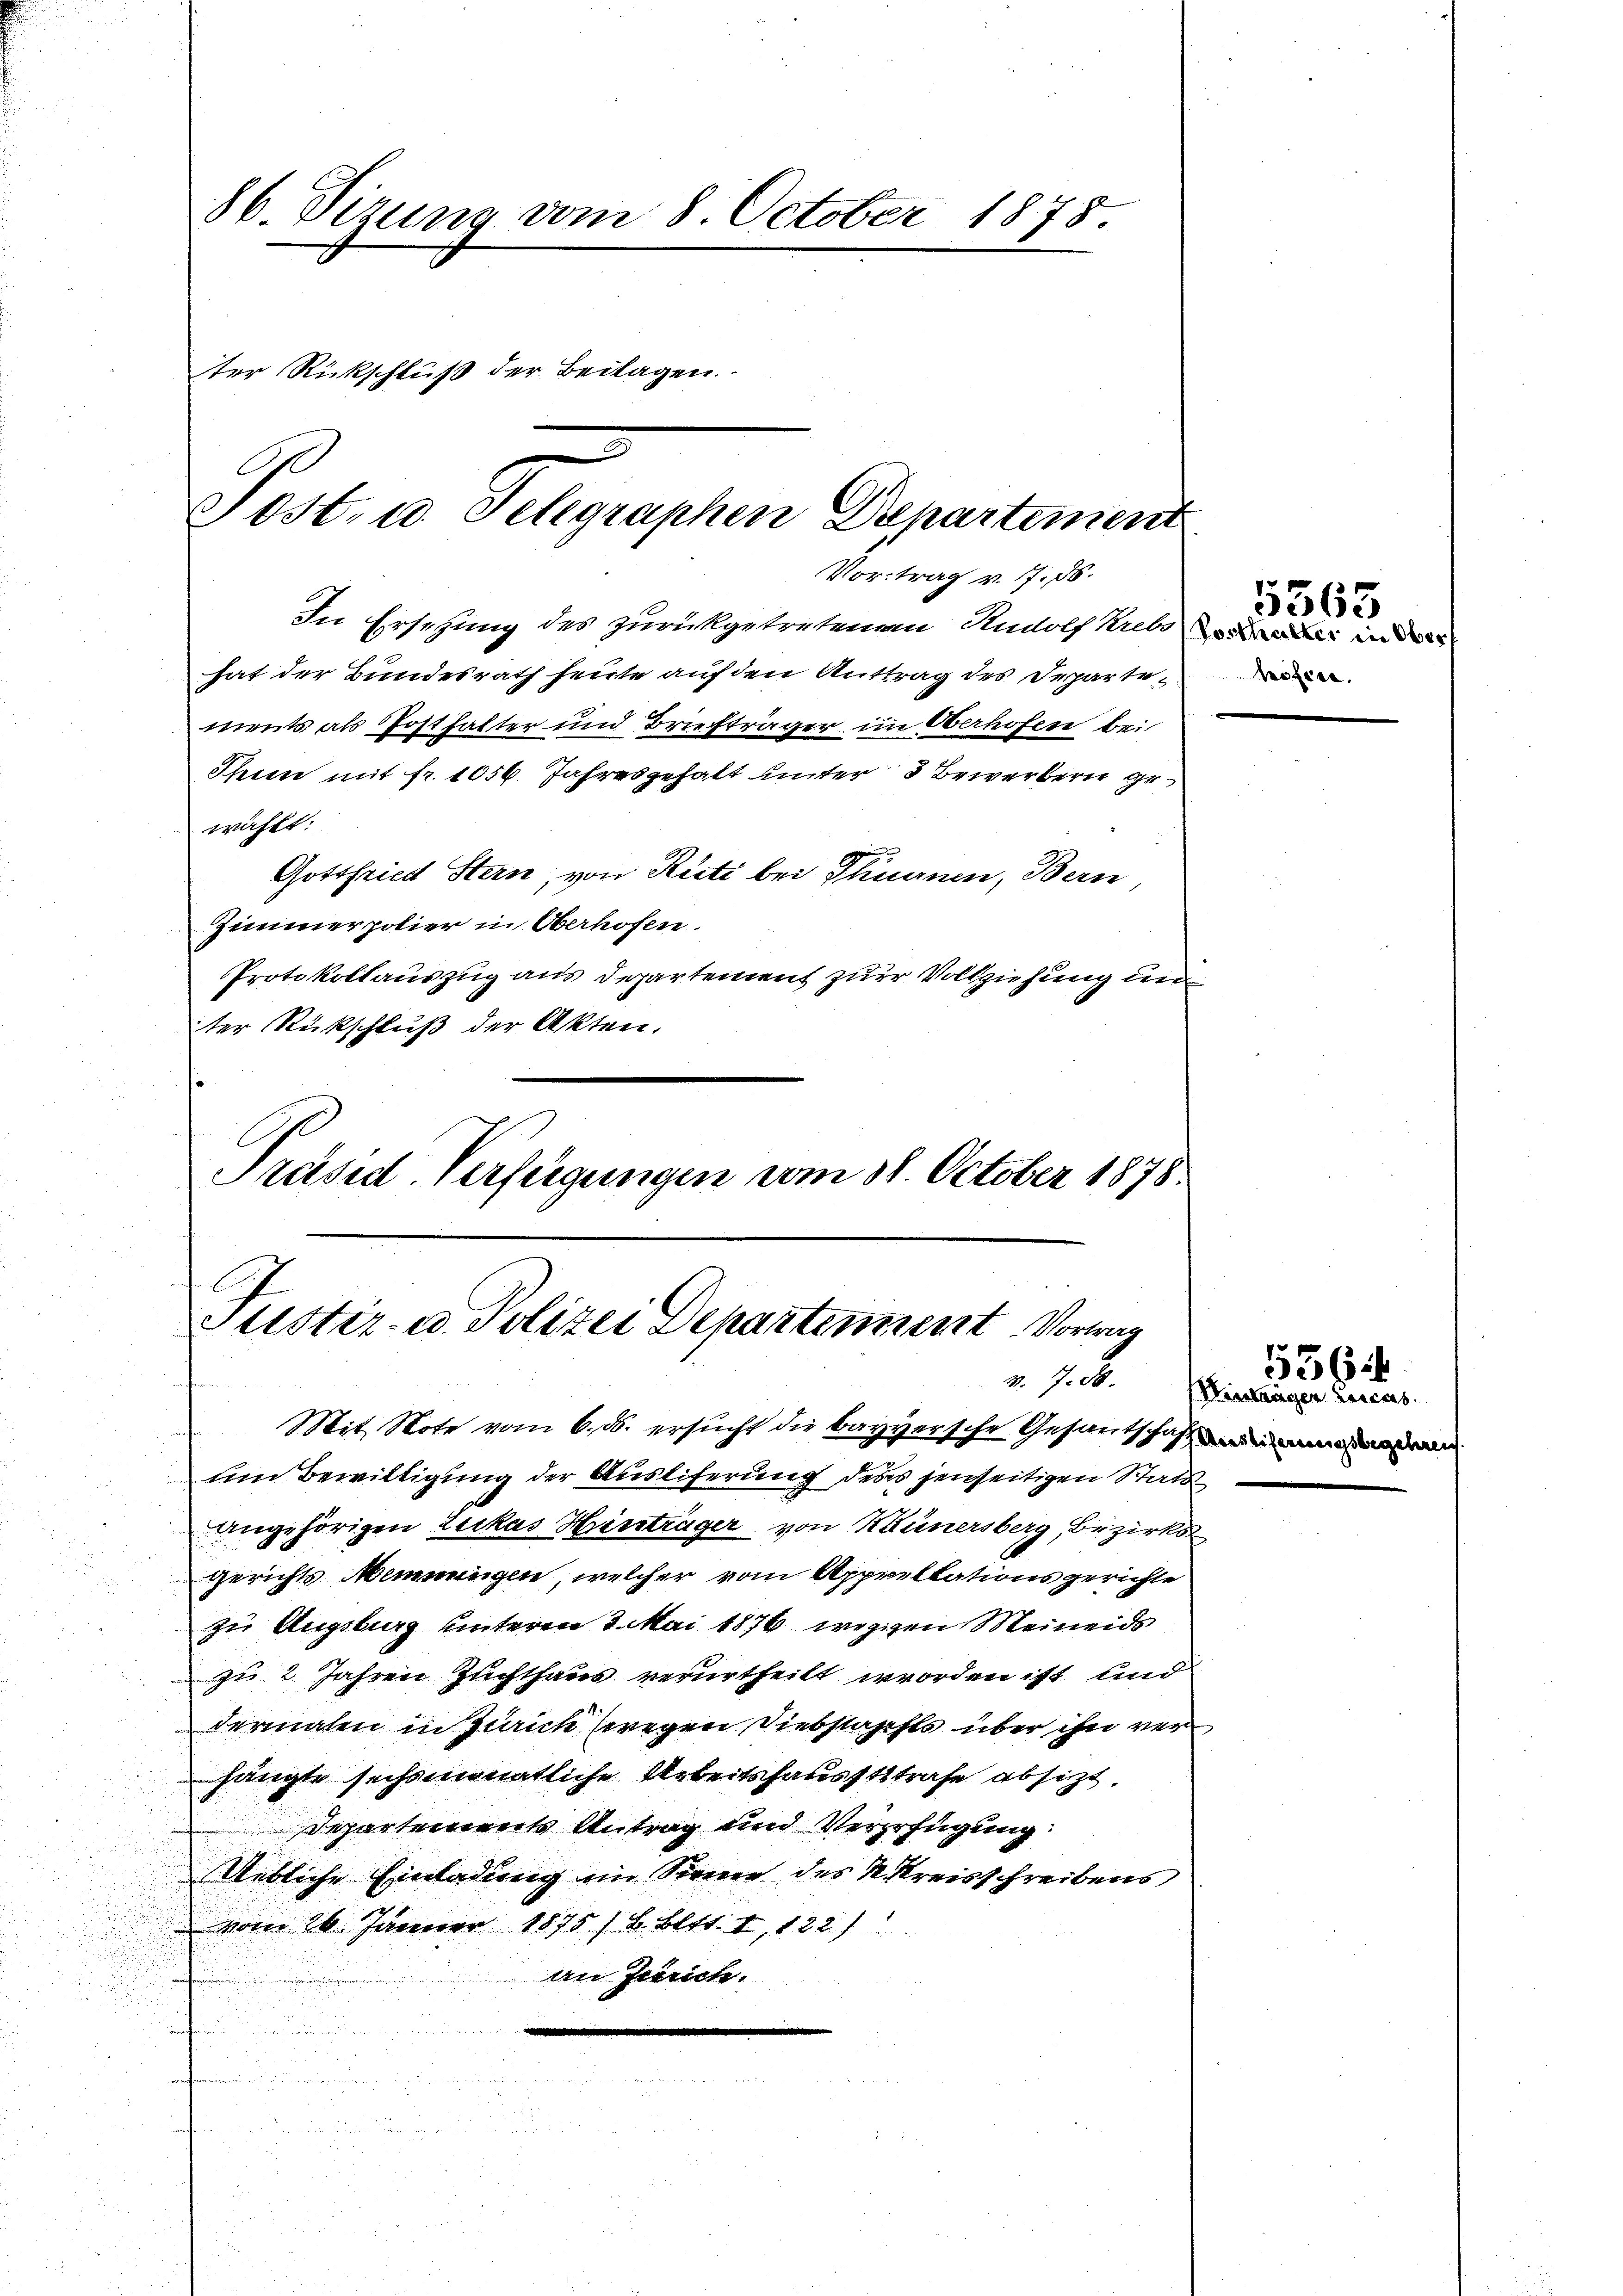
86. Sizung vom 8. October 1878
ter Rückschluß der Beilagen.

Post, u. Selegraphen Departement

Vortrag v. 17. 86.
In Ersetzung des zurückgetretenen Rudolf Krebs inde
hat der Bundesrath heute auf den Anttrag des Departements als Posthalter und Briefträger im Oberhofen bei
Iheien mit fr. 1056. Jahresgehalt unter 3 Bewerbern gewählt:
Gottfried Stern, von Rüti bei Thurnen, Bern,
Zimmerpolier in Oberhofen.
Protokollauszug aus Departement zur Vollziehung un
ter Rückschluß der Akten.
Präsid. Verfügungen vom 31. October 1878.

C
Ptistir- u. Polizei Departement Vortrag

¬

Mit Note vom 6. ds. ersucht die bayversche Gesantschaft und
um Bewilligung der Ausliferung ders jenseitigen Stats
angehörigen Zukas Heinträger, von Hünersberg, Bezirks
Gerichts Meinungen, welcher vom Apprellationsgerichte
zu Augsburg unteren 3. Mai 1876 weggen Meineids
zu 2 Jahren Zuchthaus verurtheilt worden ist, und
dermalen in Zürich (wegen Diebstahls über ihn verhängte sechsmonatliche Arbeitshausststrafe absizt.
Departement Antrag und Vererfügung:
Uebliche Einladung im Sinne des N. Kreisschreibens,
vom 26. Jänner 1875 / B. Bett. I, 122)
n

an Jurich.
n
u
n

hofess.

5365

2 J. C. Hirslangen Cances.

536